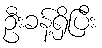
ဦးခန့်ရှိပြီး